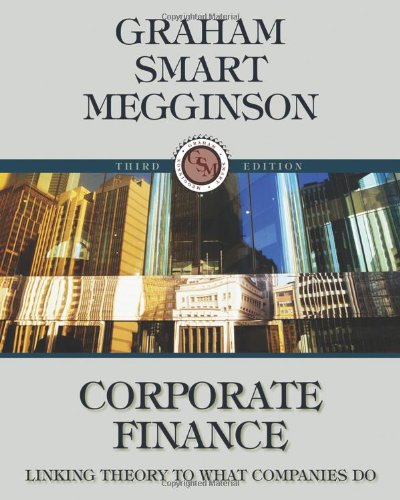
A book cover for Corporate Finance: Linking Theory to What Companies Do (with Thomson ONE - Business School Edition 6-Month and Smart Finance Printed Access Card) (Available Titles CourseMate); John Graham; Business & Money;